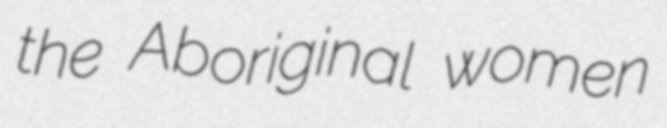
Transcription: the Aboriginal women